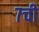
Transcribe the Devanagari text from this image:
७ची